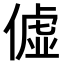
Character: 𫣞